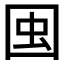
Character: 𱕺